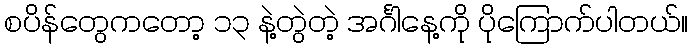
စပိန်တွေကတော့ ၁၃ နဲ့တွဲတဲ့ အင်္ဂါနေ့ကို ပိုကြောက်ပါတယ်။